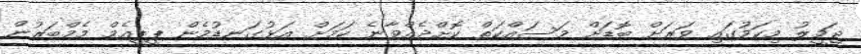
ޖަމީލު މިކަމުގައި ވަރަށް ބޮޑަށް މަސައްކަތް ކޮށްދެއްވާނެ ކަމަށް އަޅުގަނޑުމެން ޕީޕީއެމް މެމްބަރުން